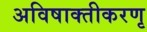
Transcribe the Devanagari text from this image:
अविषाक्तीकरणृ